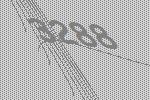
3288